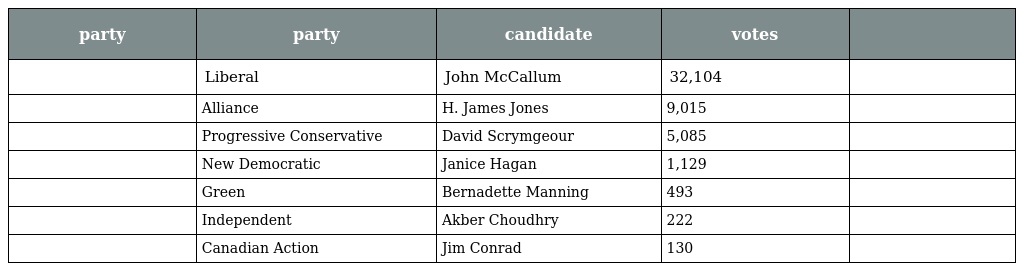
| party | party | candidate | votes |  |
 | --- | --- | --- | --- | --- |
 |  | Liberal | John McCallum | 32,104 |  |
 |  | Alliance | H. James Jones | 9,015 |  |
 |  | Progressive Conservative | David Scrymgeour | 5,085 |  |
 |  | New Democratic | Janice Hagan | 1,129 |  |
 |  | Green | Bernadette Manning | 493 |  |
 |  | Independent | Akber Choudhry | 222 |  |
 |  | Canadian Action | Jim Conrad | 130 |  |